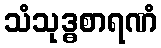
သံသုဒ္ဓစာရဏံ